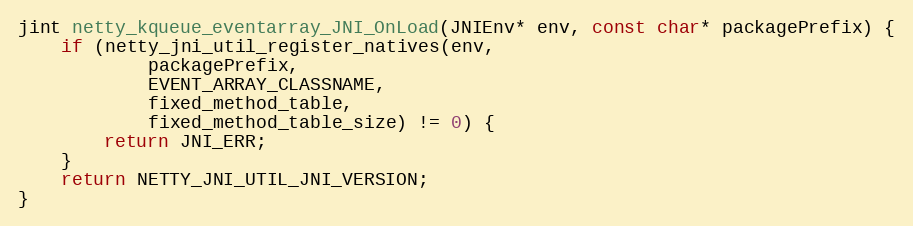
Language: C
jint netty_kqueue_eventarray_JNI_OnLoad(JNIEnv* env, const char* packagePrefix) {
    if (netty_jni_util_register_natives(env,
            packagePrefix,
            EVENT_ARRAY_CLASSNAME,
            fixed_method_table,
            fixed_method_table_size) != 0) {
        return JNI_ERR;
    }
    return NETTY_JNI_UTIL_JNI_VERSION;
}